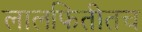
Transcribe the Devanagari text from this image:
लालफितीतच